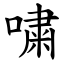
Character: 嘨